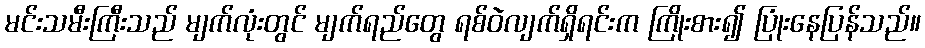
မင်းသမီးကြီးသည် မျက်လုံးတွင် မျက်ရည်တွေ ရစ်ဝဲလျက်ရှိရင်းက ကြိုးစား၍ ပြုံးနေပြန်သည်။